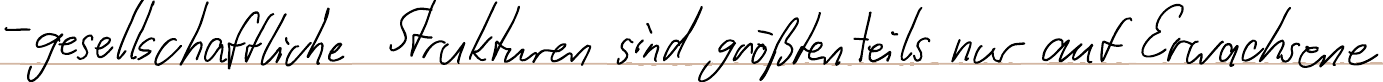
- gesellschaftliche Strukturen sind größtenteils nur auf Erwachsene